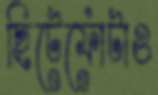
ছিটেফোঁটাও